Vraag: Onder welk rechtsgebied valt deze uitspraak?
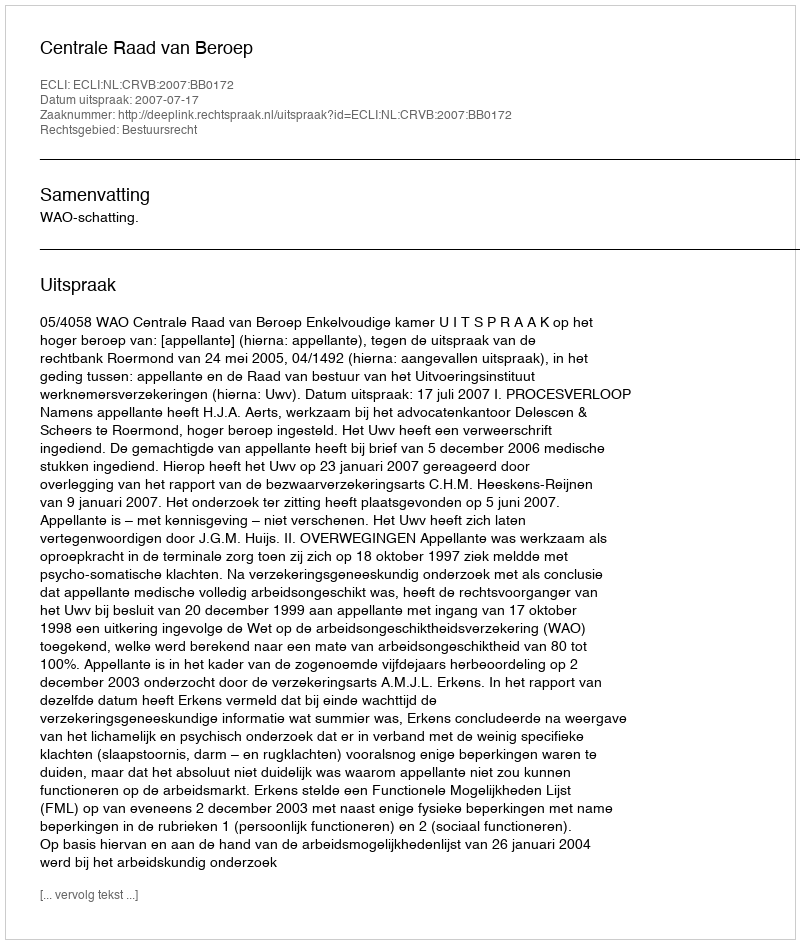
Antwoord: Bestuursrecht